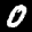
Label: 0